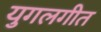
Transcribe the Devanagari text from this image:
युगलगीत